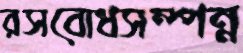
রসবোধসম্পন্ন